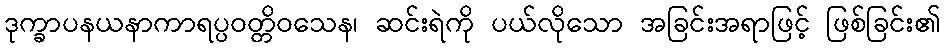
ဒုက္ခာပနယနာကာရပ္ပဝတ္တိဝသေန၊ ဆင်းရဲကို ပယ်လိုသော အခြင်းအရာဖြင့် ဖြစ်ခြင်း၏